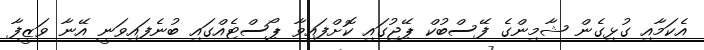
އެކަމާއި ގުޅިގެން ޝާމިންގެ ފޭސްބުކް ޕޭޖުގައި ކޮށްފައިވާ ޕޯސްޓެއްގައި ބުނެފައިވަނީ އޭނާ ވަޒީފާ